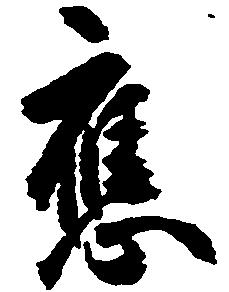
応